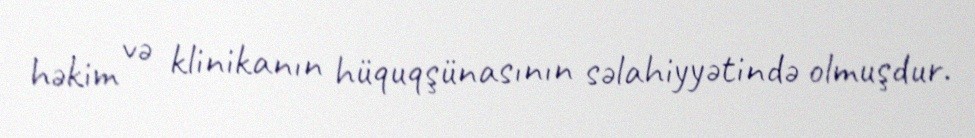
həkim və klinikanın hüquqşünasının səlahiyyətində olmuşdur.